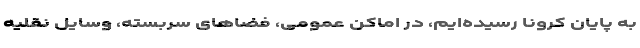
به پایان کرونا رسیده‌ایم، در اماکن عمومی، فضاهای سربسته، وسایل نقلیه